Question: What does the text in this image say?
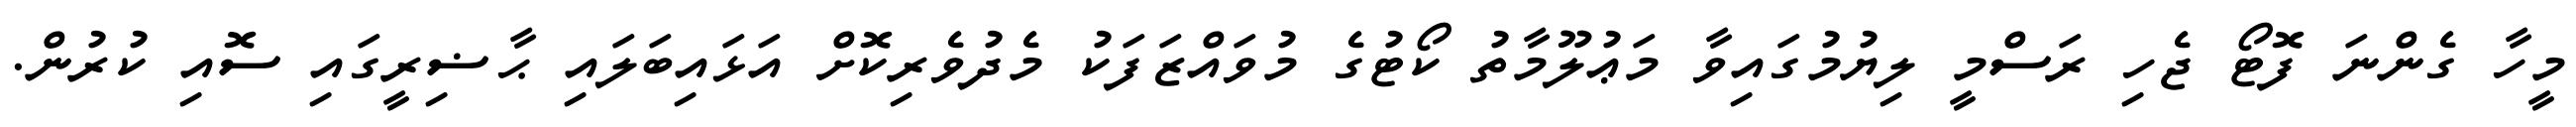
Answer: މީހާ ގެންނަ ފޮޓޯ ޖެހި ރަސްމީ ލިޔުމުގައިވާ މަޢުލޫމާތު ކޯޓުގެ މުވައްޒަފަކު މެދުވެރިކޮށް އަޅައިބަލައި ޙާޟިރީގައި ސޮއި ކުރުން.